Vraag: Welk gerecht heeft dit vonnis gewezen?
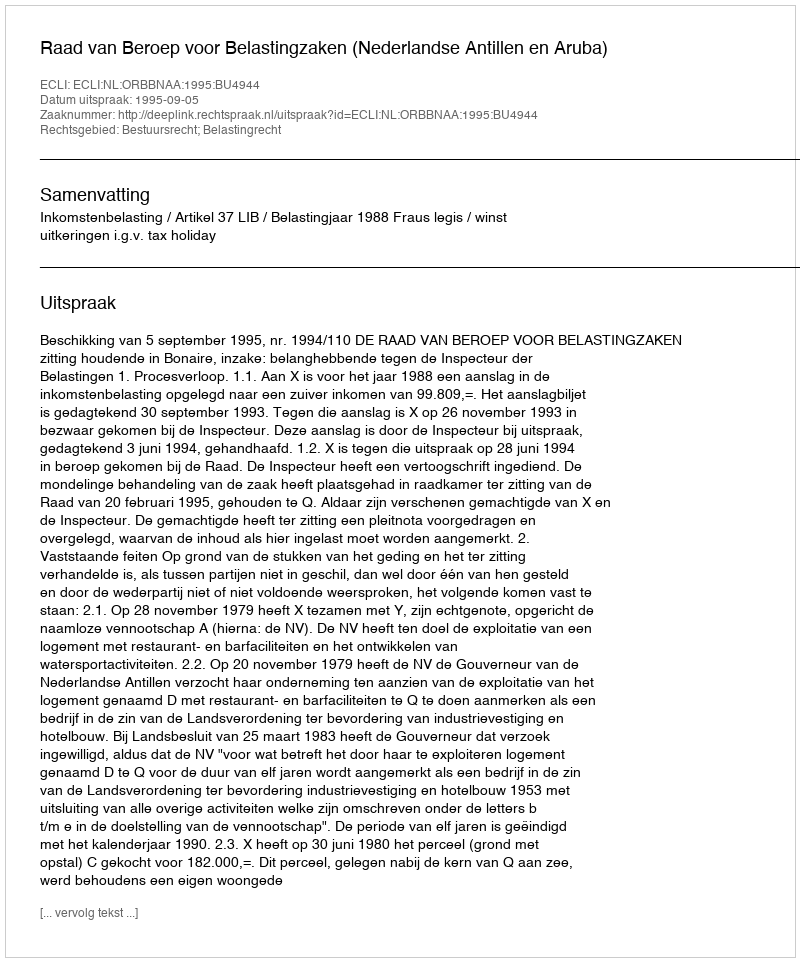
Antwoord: Raad van Beroep voor Belastingzaken (Nederlandse Antillen en Aruba)